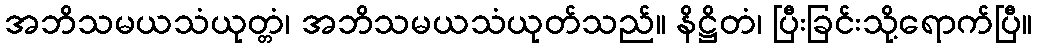
အဘိသမယသံယုတ္တံ၊ အဘိသမယသံယုတ်သည်။ နိဋ္ဌိတံ၊ ပြီးခြင်းသို့ရောက်ပြီ။